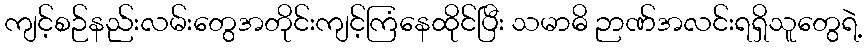
ကျင့်စဉ်နည်းလမ်းတွေအတိုင်းကျင့်ကြံနေထိုင်ပြီး သမာဓိ ဉာဏ်အလင်းရရှိသူတွေရဲ့